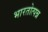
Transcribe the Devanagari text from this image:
भारतोत्पन्न